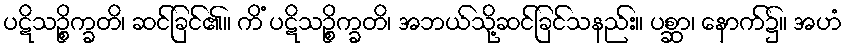
ပဋိသဉ္စိက္ခတိ၊ ဆင်ခြင်၏။ ကိံ ပဋိသဉ္စိက္ခတိ၊ အဘယ်သို့ဆင်ခြင်သနည်း။ ပစ္ဆာ၊ နောက်၌။ အဟံ